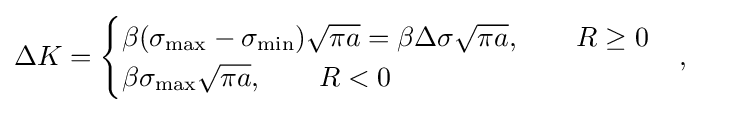
{\begin{aligned}\Delta K&={\begin{cases}\beta (\sigma _{\text{max}}-\sigma _{\text{min}}){\sqrt {\pi a}}=\beta \Delta \sigma {\sqrt {\pi a}},\qquad R\geq 0\\\beta \sigma _{\text{max}}{\sqrt {\pi a}},\qquad R<0\end{cases}},\end{aligned}}